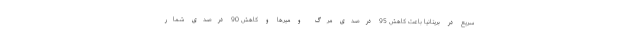
سریع در بریتانیا باعث کاهش 95 درصدی مرگ و میرها و کاهش 90 درصدی شمار